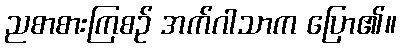
ညစာစားကြစဉ် အက်ဂါသာက ပြော၏။